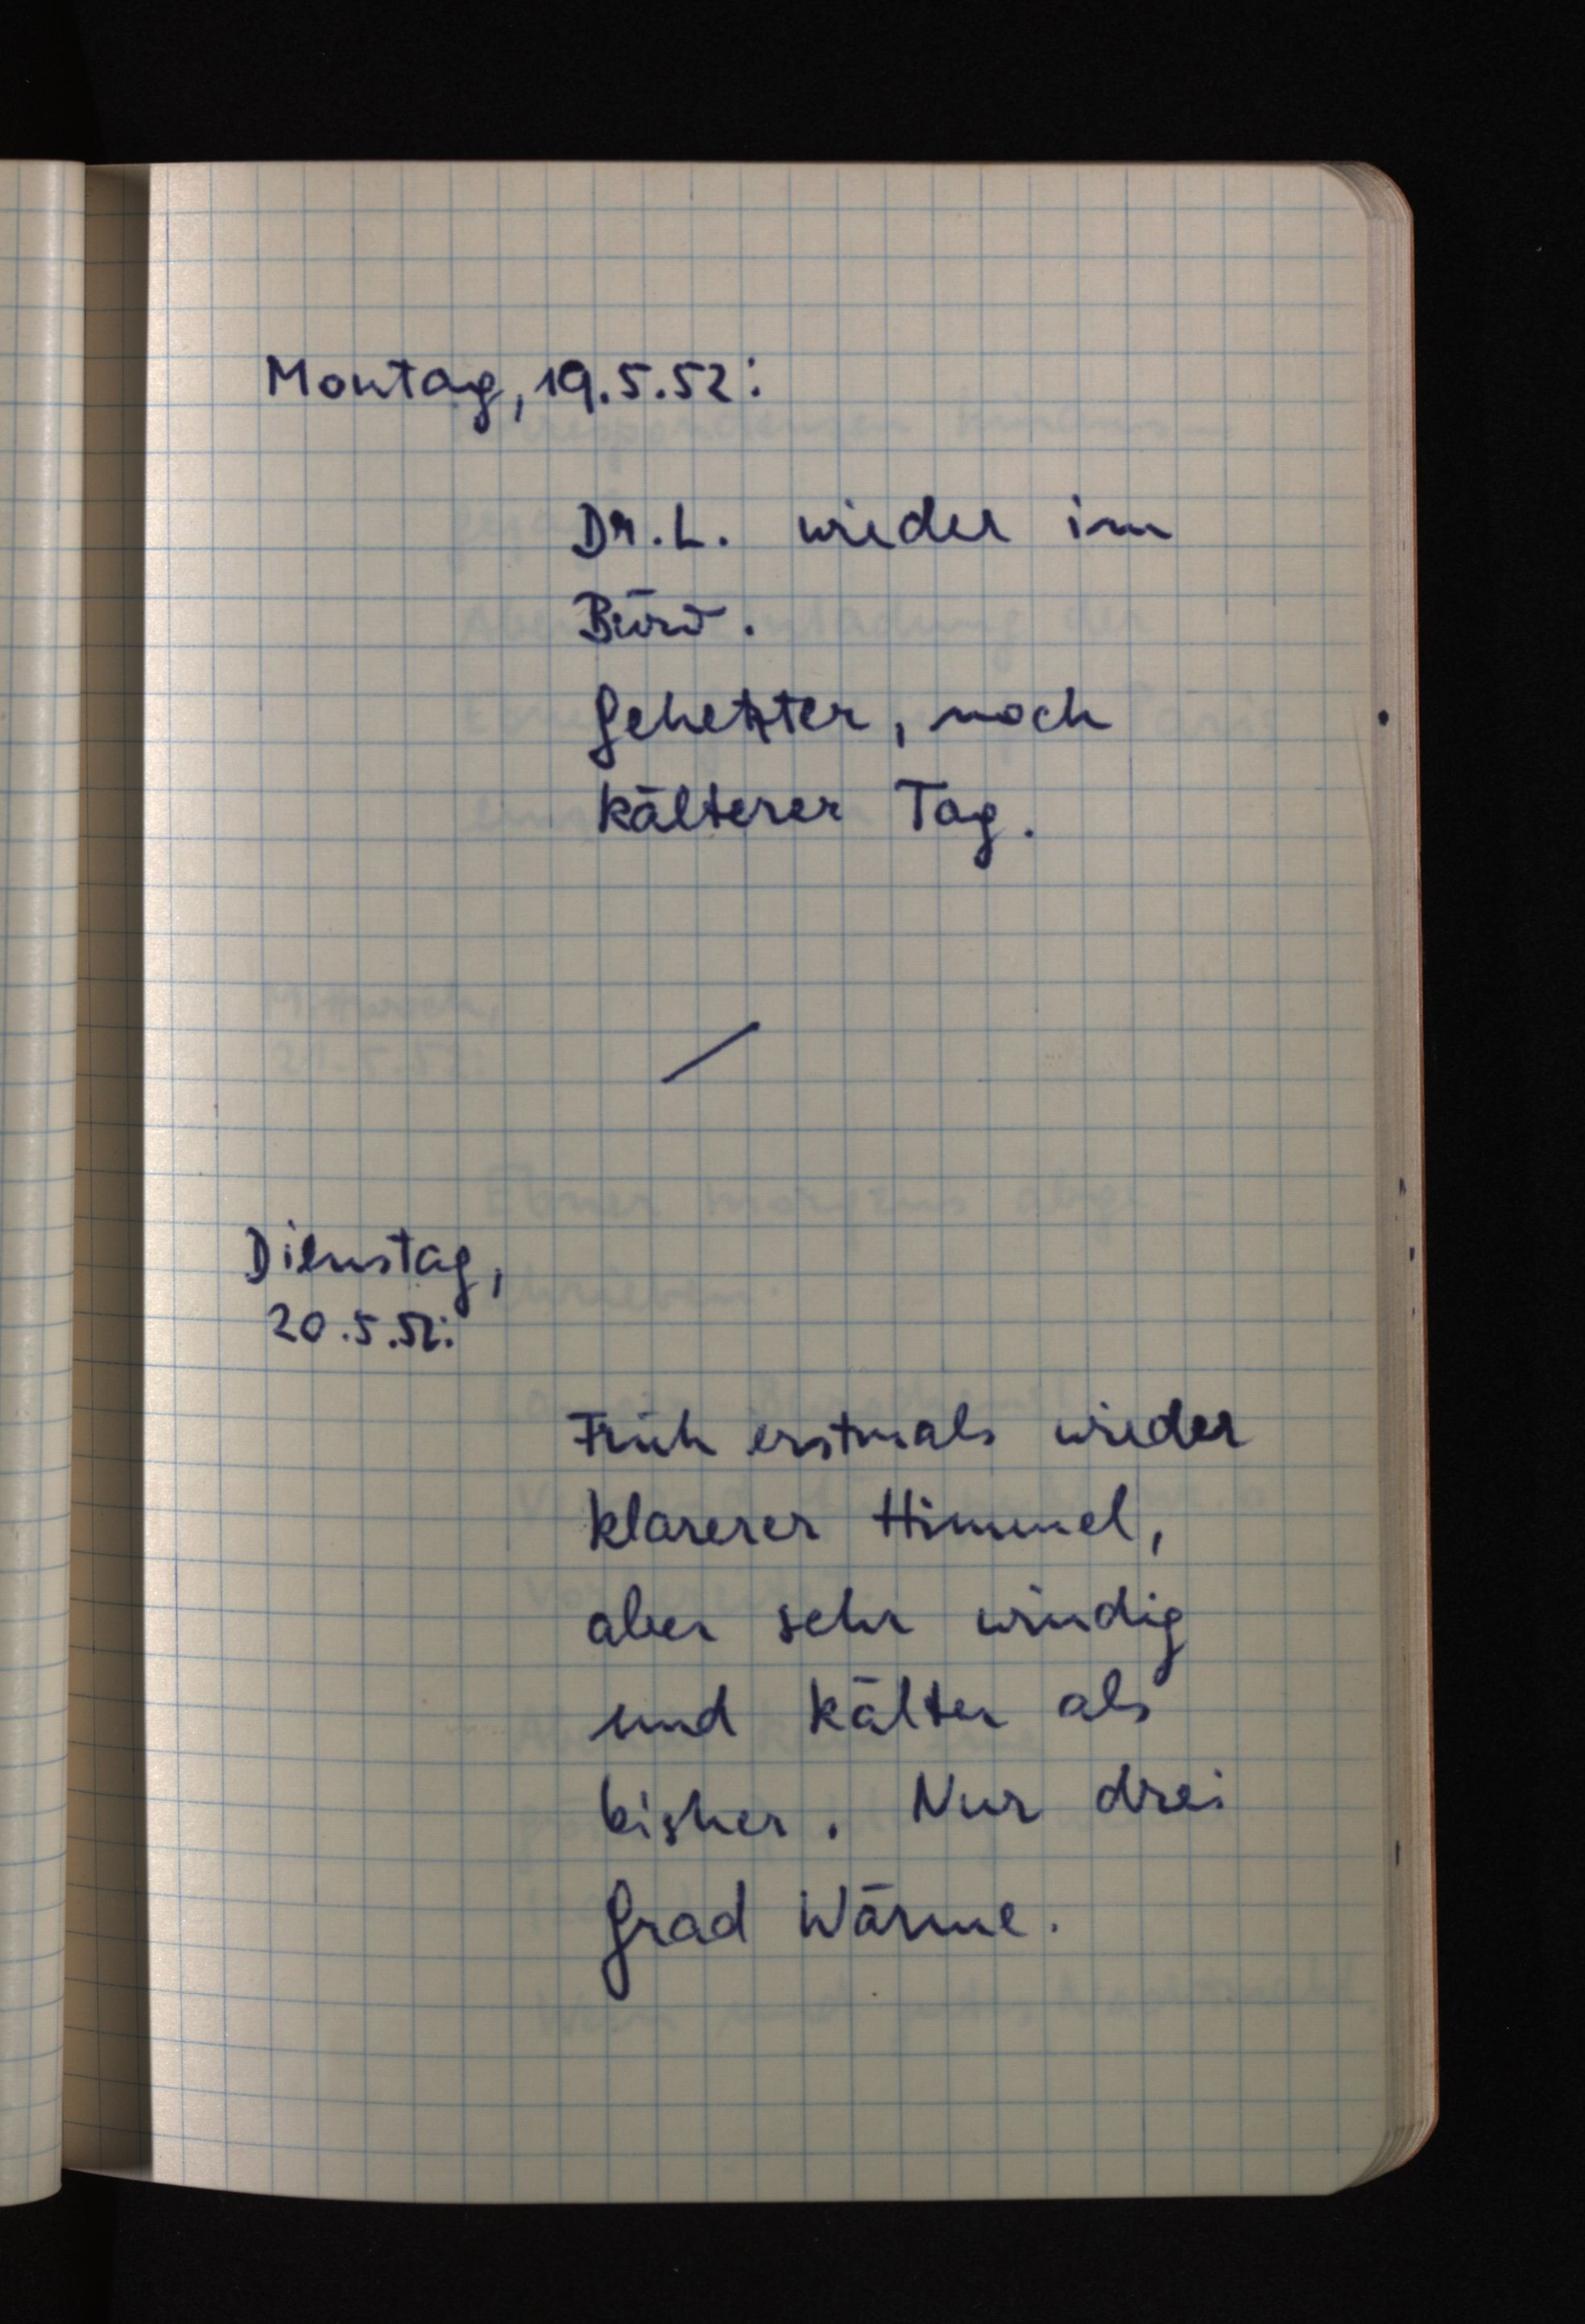
Montag, 19.5.52:
Dr. L. wieder im
Büro.
Gehetzter, noch
kälterer Tag.
Dienstag,
20.5.52:
Früh erstmals wieder
klarerer Himmel,
aber sehr windig
und kälter als
bisher. Nur drei
Grad Wärme.